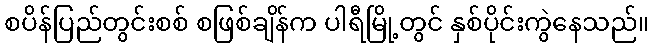
စပိန်ပြည်တွင်းစစ် စဖြစ်ချိန်က ပါရီမြို့တွင် နှစ်ပိုင်းကွဲနေသည်။